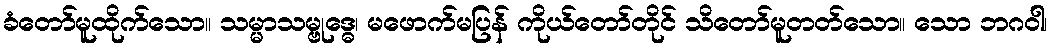
ခံတော်မူထိုက်သော။ သမ္မာသမ္ဗုဒ္ဓေ၊ မဖောက်မပြန် ကိုယ်တော်တိုင် သိတော်မူတတ်သော။ သော ဘဂဝါ၊